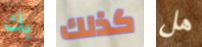
بك كذلك هل